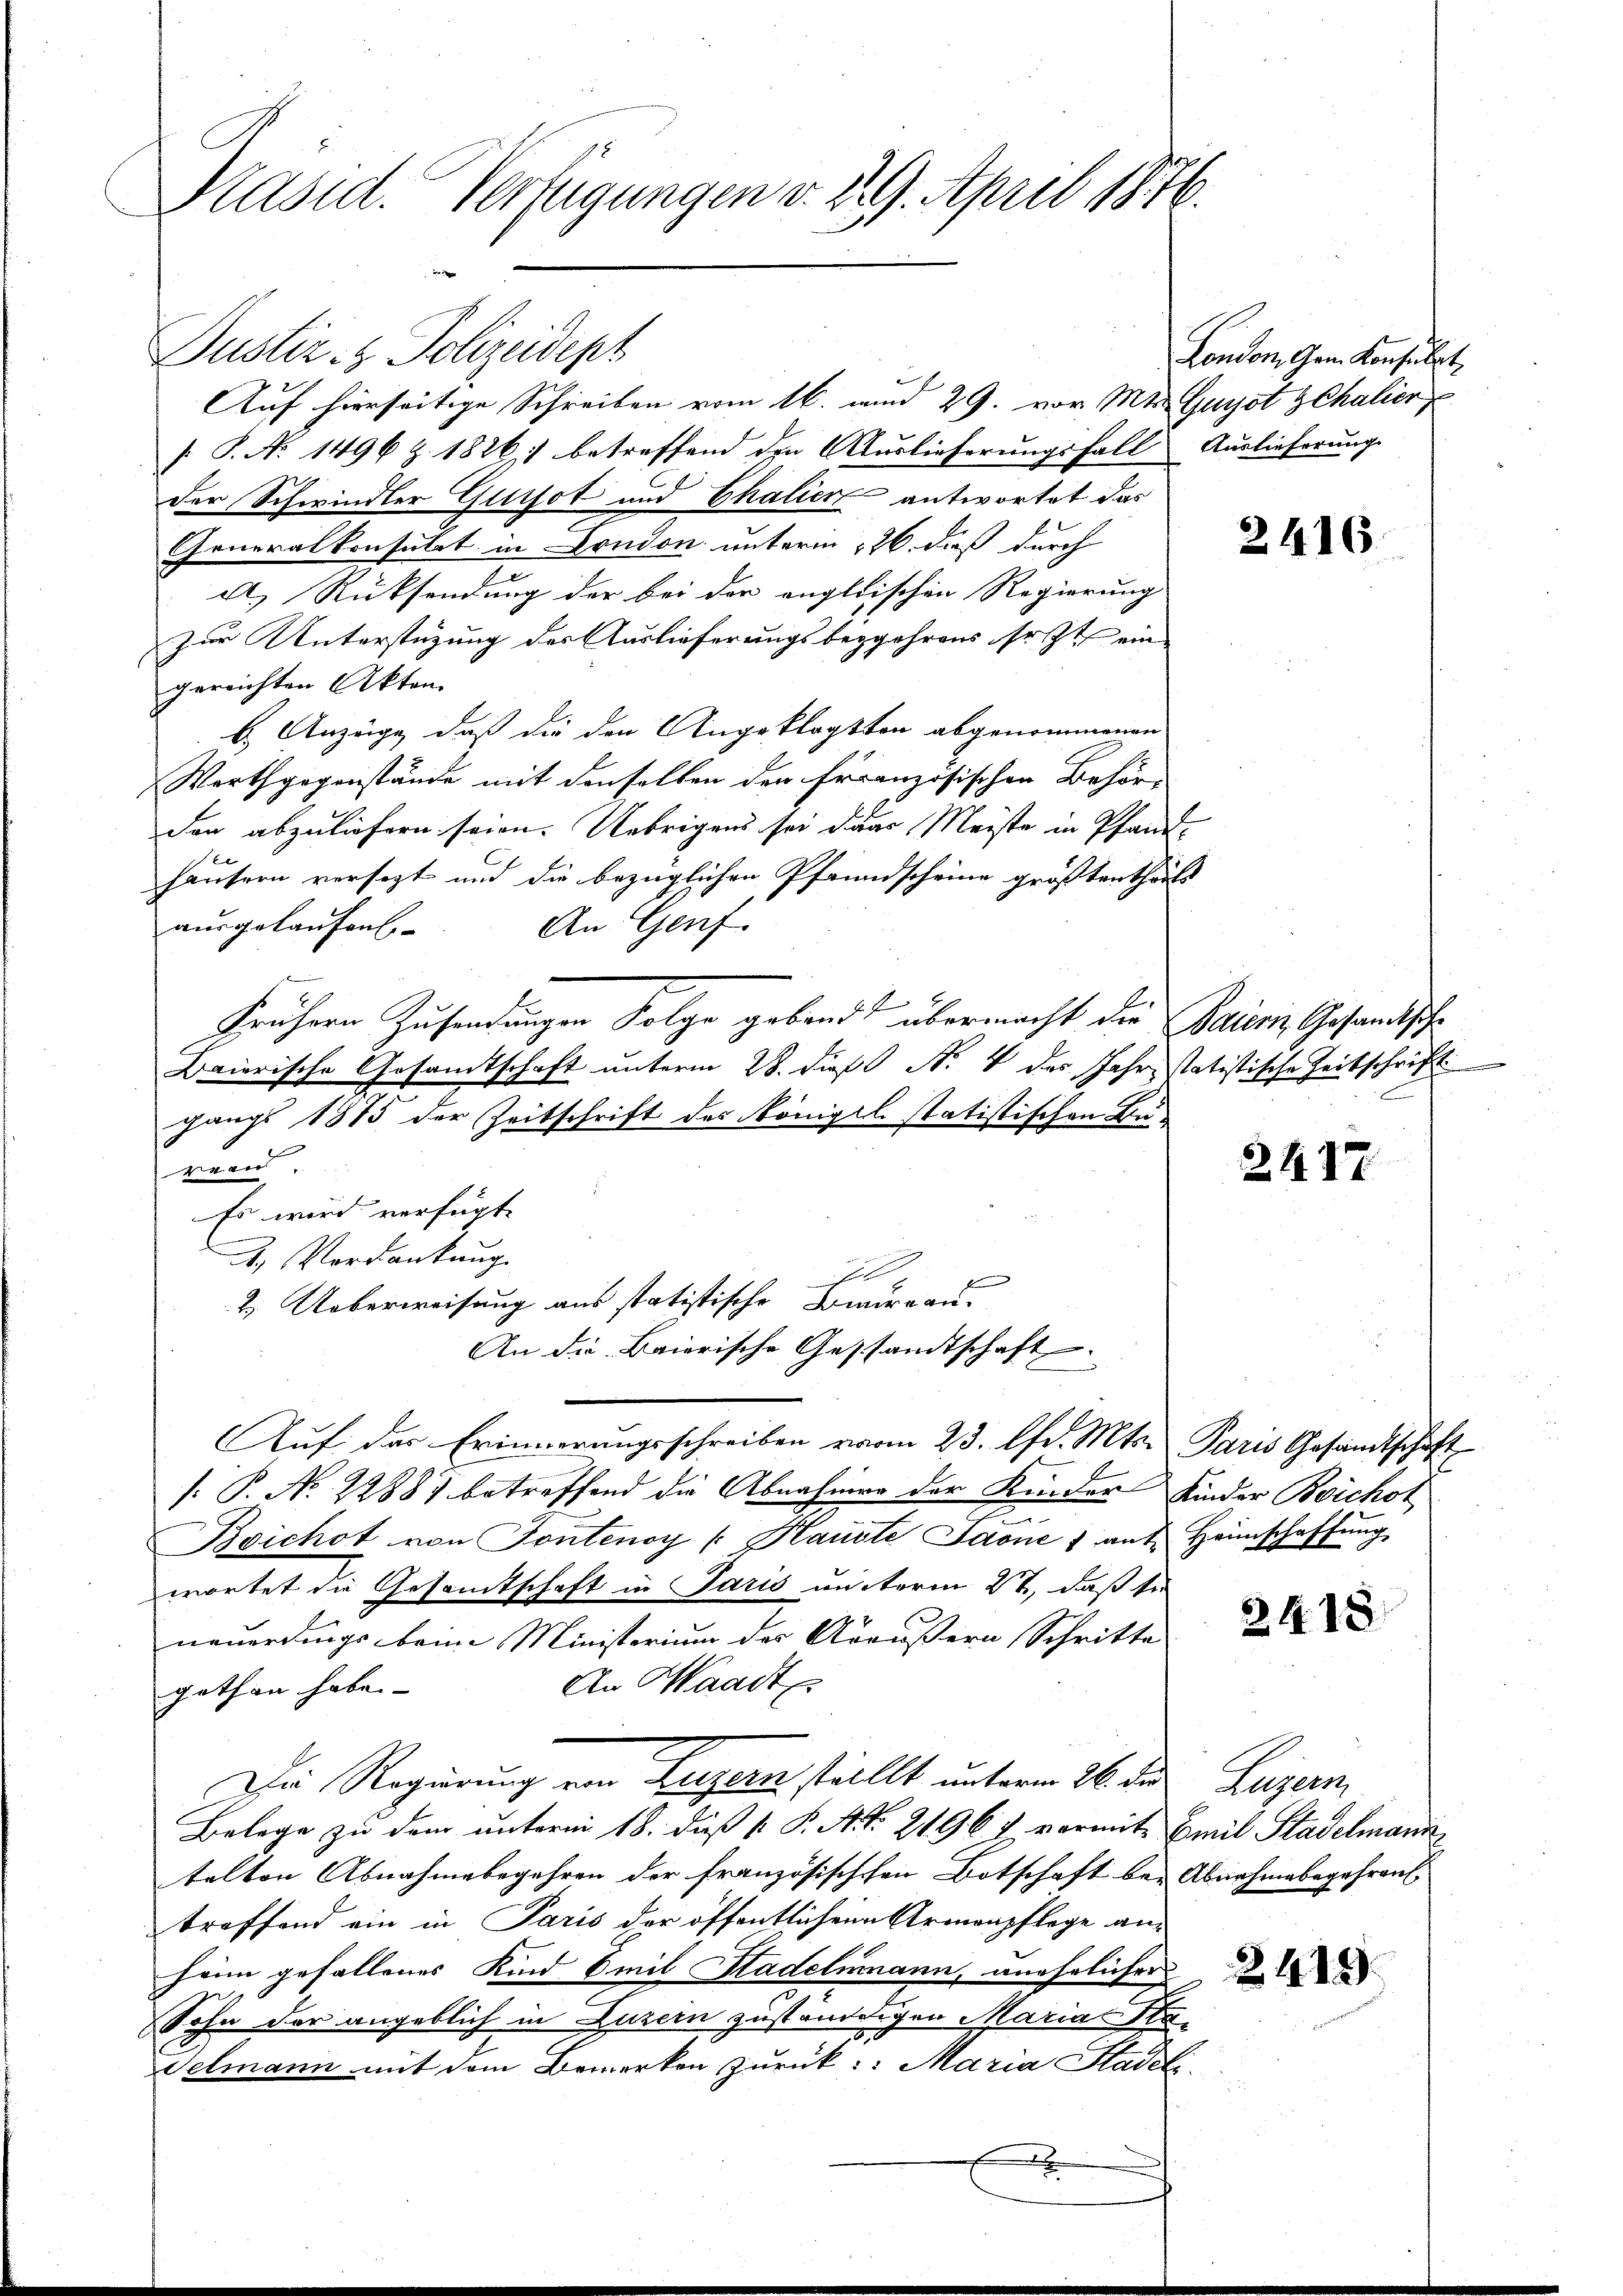
Präsid. Verfügungen v. 29. April 1876.

Auf hierseitige Schreiben vom 16. und 29. vor. Mts. Gugot gehalier
[: P. No. 1496 Z. 1826, 1 betreffend den Auslieferungsfall Auslieferung
der Schwindler Glitsot und Chalier antwortet das
Generalkonsulat in London unterm 126. dieß durch
A.) Rücksendung der bei der anglischen Regierung
zur Unterstüzung des Auslieferungsbegehrens sr. Zt. ein
gereichten Akten.
b. Anzüge, daß die den Angeklagten abgenommenen
Werthgegenstände mit denselben den Französischen Behör-
den abzuliefern seien. Uebrigens sei der Meiste in Pfand-
häusern versezt und die bezüglichen Pfrundscheine größtentheils
An Genf
ausgelaufen
frühern Zusendungen Folge geband übermacht die Baiern Gesandtsche
Baierische Gesamtschaft unterm 28. dieß N. 4 des Jahr statistische Zeitschrift
gangs 1875 der Zeitschrift des Königel statistischen Bureau.
Es wird verfügte
. Verdankung
sc
2. Ueberweisung aus statistische Bureau.
An die Baierische Gestandtschaft
Auf das Erinnerungsschreiben vom 23. fr. Mts. Paris Gesandtschaft
[: P. No. 22881 betreffend die Abnahmer der Kinder Kinder Boichot
Boichot von Tontenoy (: Hauste Jaone 1 ant Heimschaffŭng
wortet die Gesamtschaft in Paris unterm 27, daß se
neuerdings beim Ministerium der Aräußern Schritte
An Waadt
gethan habe. |
Die Regierung von Luzern stellt unterm 26. der Luzern
Belege zu dem unterm 18. daß P. P. M. R. 2196 & vormit Emil Stadelmann
telten Abnahmebegehren der französischen Botschaft bei Abnahmebegehren
treffend ein in Paris der öffentlichen Armenpflege an-
heim gefallenes Kind Emil Stadelmann, unehelicher de
Sohn der angeblich in Luzern zuständigen Marias Sta¬
Selmann mit dem Bemerken zurück:: Maria Stadeli
E

Justiz- & Polizeidept

London, Gam Konsulat

2416.

E

2417

2418